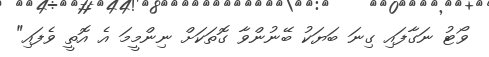
ވޯޓު ނަގާފައި ގިނަ ބަޔަކު ބޭނުންވާ ގޮތަކަށް ނިންމީމަ އެ އޮތީ ވެފައި"